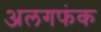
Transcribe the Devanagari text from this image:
अलगफंक